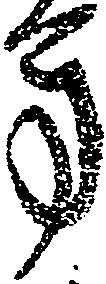
方